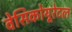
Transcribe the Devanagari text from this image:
वेसिकोयूरेटल